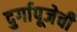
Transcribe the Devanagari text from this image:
दुर्गापूजेची